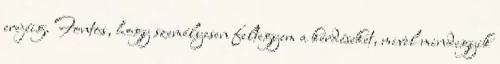
erejéig. Fontos, hogy személyesen feltegyem a kérdéseket, mivel mindegyik